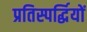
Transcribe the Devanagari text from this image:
प्रतिस्पर्द्धियों